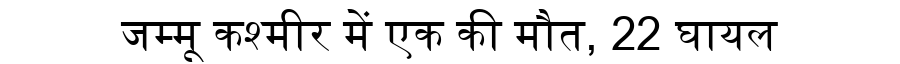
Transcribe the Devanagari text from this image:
जम्मू कश्मीर में एक की मौत, 22 घायल